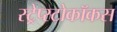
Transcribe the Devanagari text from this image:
स्ट्रेप्स्टोकॉकस